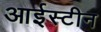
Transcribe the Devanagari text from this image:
आईस्टीन